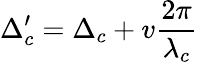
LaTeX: \Delta_{c}^{\prime}=\Delta_{c}+v\frac{2\pi}{\lambda_{c}}